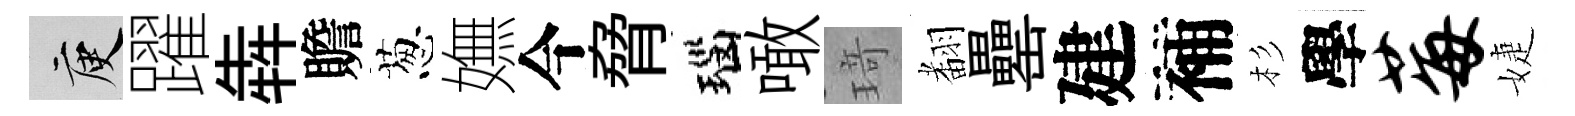
庾躍犇贍葱嫵今脅瑙噉𤦺𮋒罍建補杉學莓婕